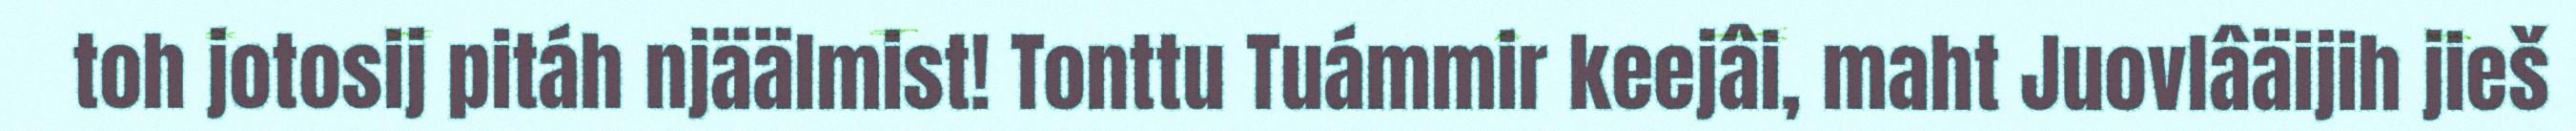
toh jotosij pitáh njäälmist! Tonttu Tuámmir keejâi, maht Juovlâäijih jieš